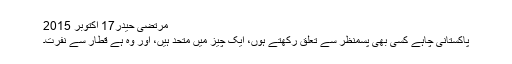
مرتضیٰ حیدر17 اکتوبر 2015
پاکستانی چاہے کسی بھی پسمنظر سے تعلق رکھتے ہوں، ایک چیز میں متحد ہیں، اور وہ ہے قطار سے نفرت۔